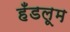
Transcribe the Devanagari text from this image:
हँडलूम